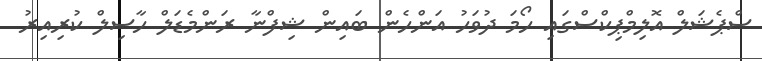
ސްޕެޝަލް އޮލިމްޕިކްސްގައި ހޯމަ ދުވަހު އަންހެން ބައިން ޝިފްނާ ރަންމެޑަލް ހާސިލް ކުރިއިރު